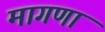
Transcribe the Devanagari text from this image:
मागणा